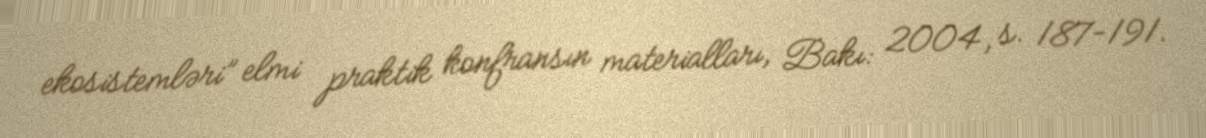
ekosistemləri” elmi praktik konfransın materialları, Bakı: 2004, s. 187-191.